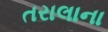
તરાલાના